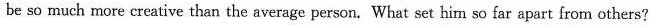
be so much more creative than the average person. What set him so far apart from others?